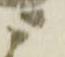
ニ